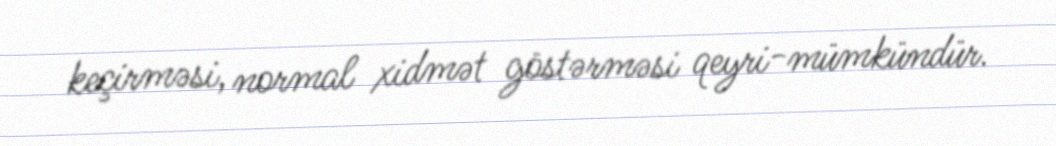
keçirməsi, normal xidmət göstərməsi qeyri-mümkündür.